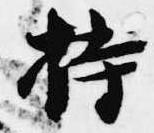
持